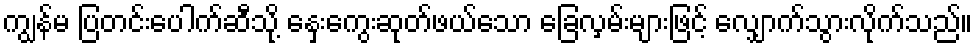
ကျွန်မ ပြတင်းပေါက်ဆီသို့ နှေးကွေးဆုတ်ဖယ်သော ခြေလှမ်းများဖြင့် လျှောက်သွားလိုက်သည်။